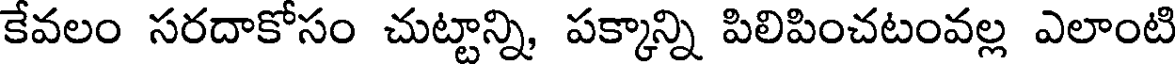
కేవలం సరదాకోసం చుట్టాన్ని, పక్కాన్ని పిలిపించటంవల్ల ఎలాంటి